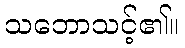
သဘောသင့်၏။